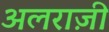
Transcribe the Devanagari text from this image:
अलराज़ी